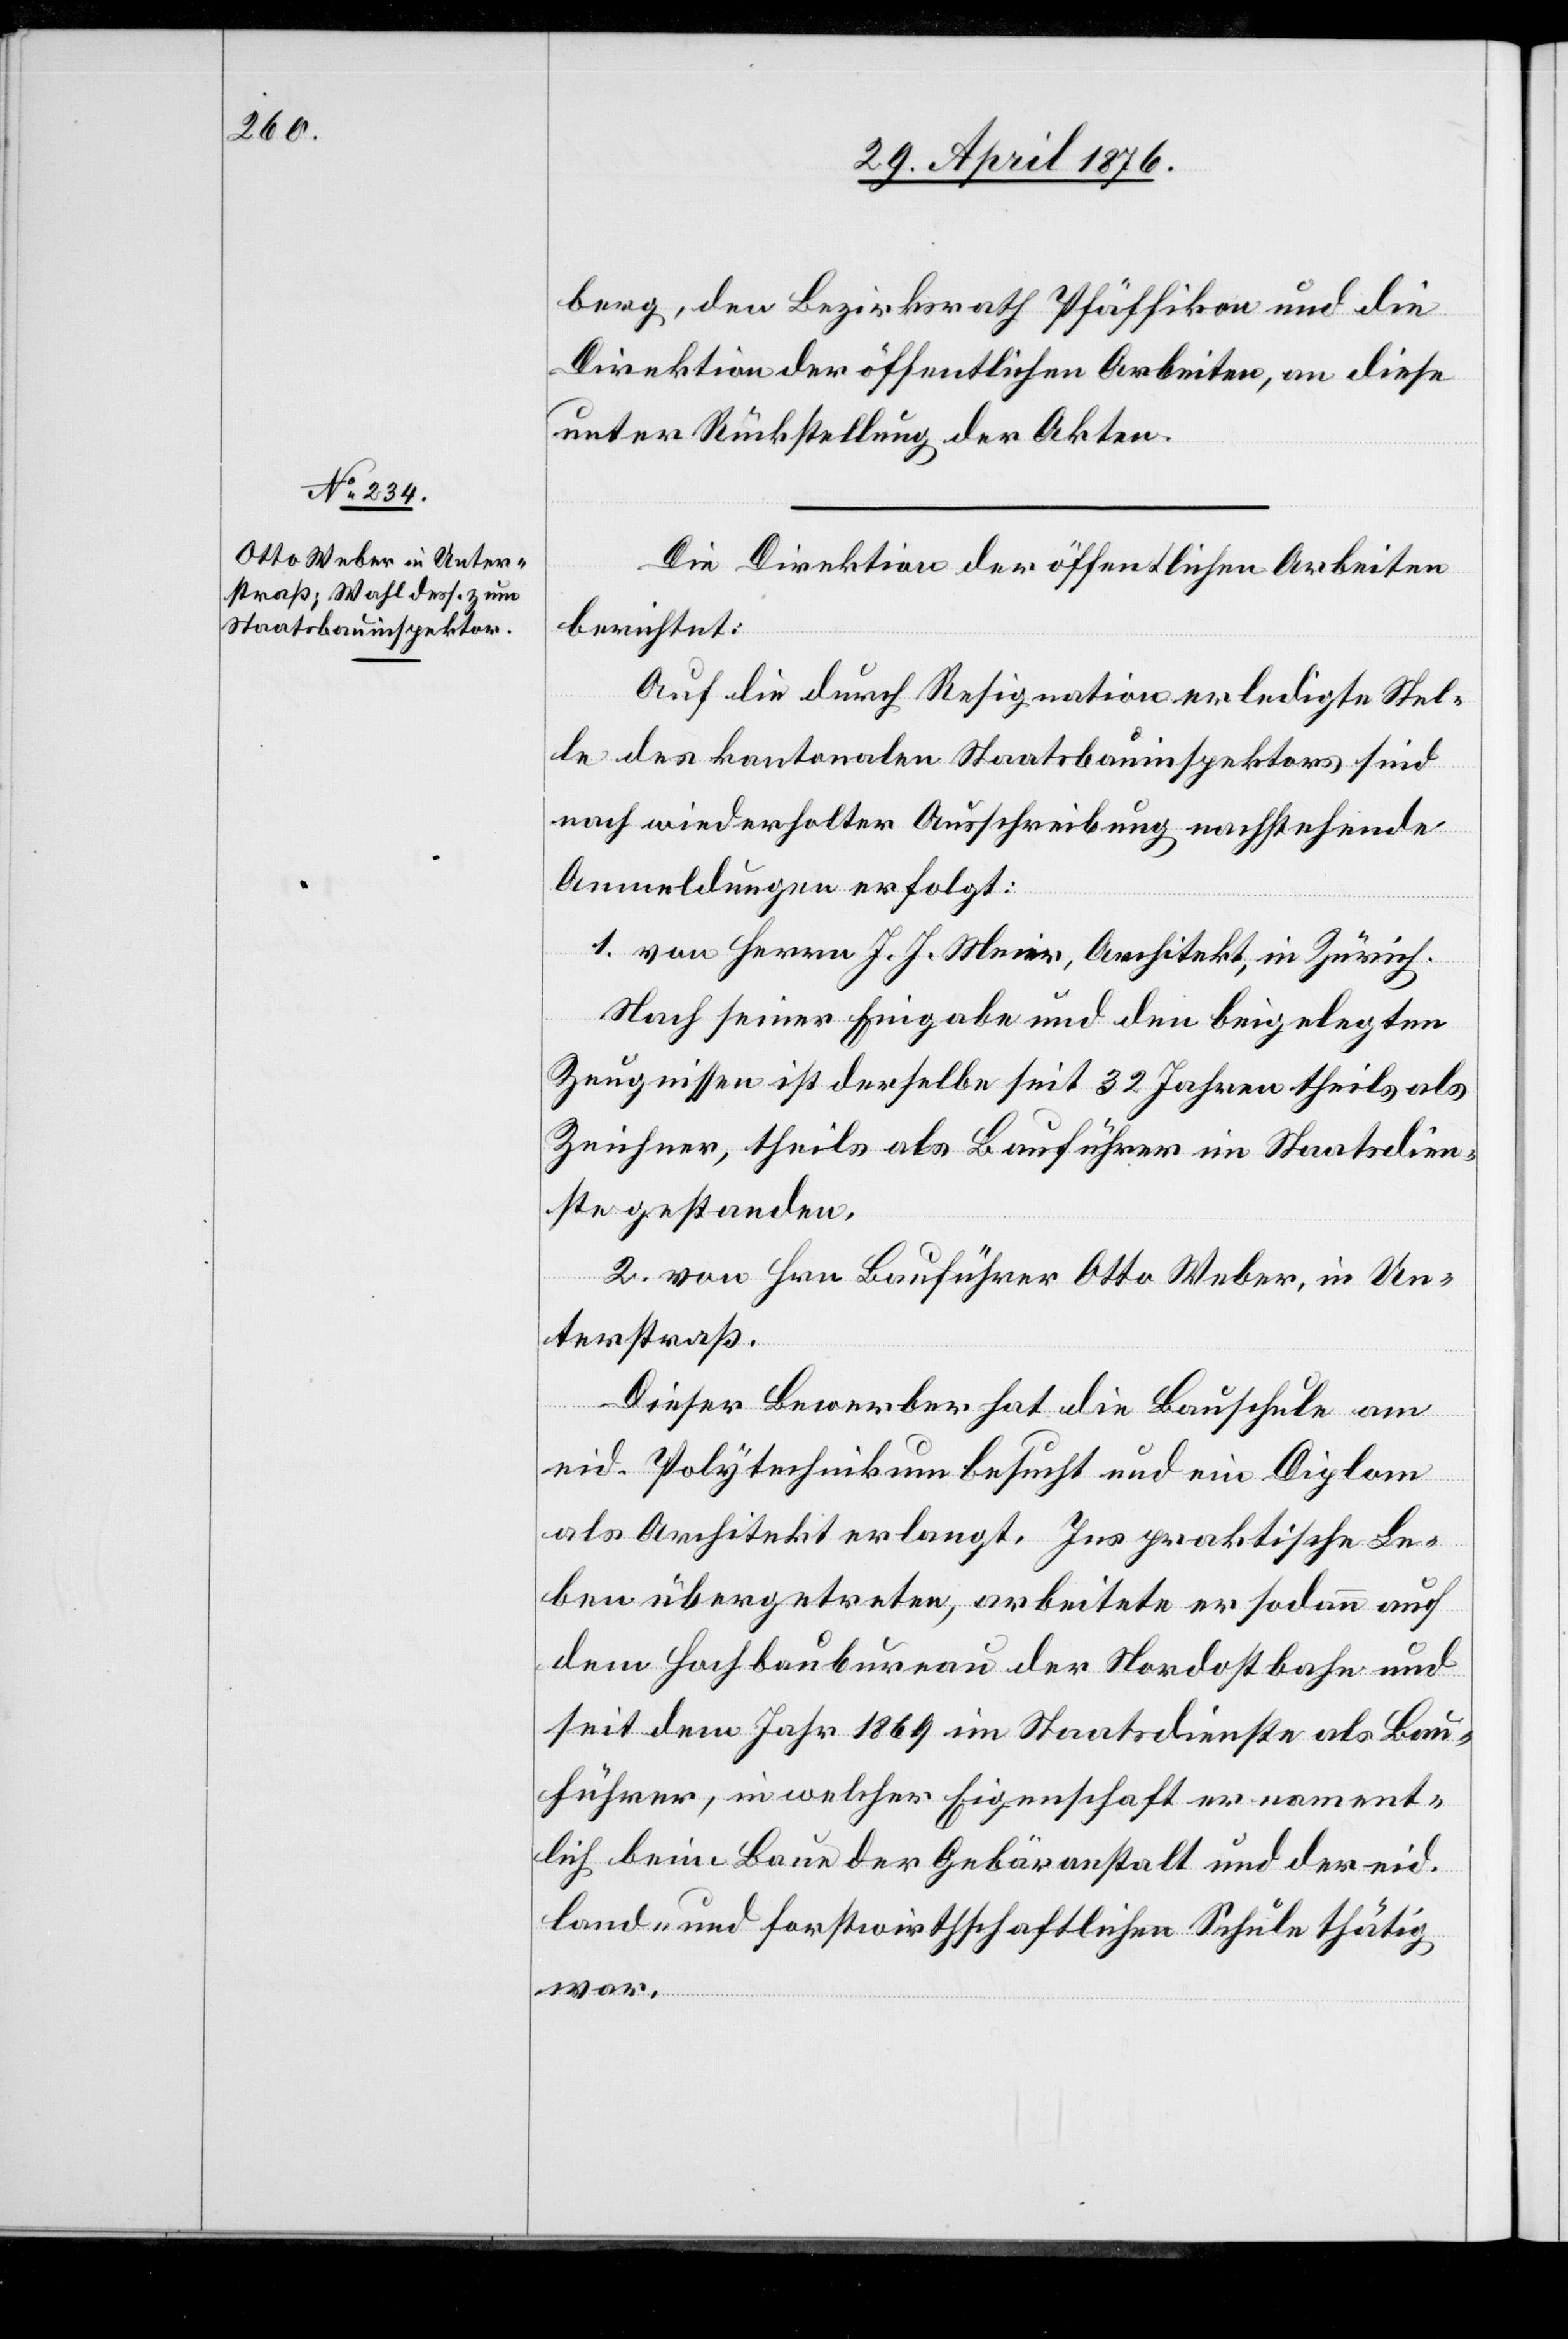
berg, den Bezirksrath Pfäffikon und die
Direktion der öffentlichen Arbeiten, an diese
unter Rückstellung der Akten.
Die Direktion der öffentlichen Arbeiten
berichtet:
Auf die durch Resignation erledigte Stel¬
le des kantonalen Staatsbauinspektors sind
nach wiederholter Ausschreibung nachstehende
Anmeldungen erfolgt:
1. von Herrn J. J. Meier, Architekt, in Zürich.
Nach seiner Eingabe und den beigelegten
Zeugnissen ist derselbe seit 32 Jahren theils als
Zeichner, theils als Bauführer in Staatsdien¬
sten gestanden.
2. von Hrn. Bauführer Otto Weber, in Un¬
terstraß.
Dieser Bewerber hat die Bauschule am
eid. Polytechnikum besucht und ein Diplom
als Architekt erlangt. Ins praktische Le¬
ben übergetreten, arbeitete er sodann auf
dem Hochbaubureau der Nordostbahn und
seit dem Jahr 1869 im Staatsdienste als Bau¬
führer, in welcher Eigenschaft er nament¬
lich beim Baue der Gebäranstalt und der eid.
land- und forstwirthschaftlichen Schule thätig
war.